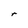
Character: r